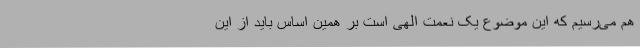
هم می‌رسیم که این موضوع یک نعمت الهی است بر همین اساس باید از این